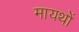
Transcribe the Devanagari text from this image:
मायथों